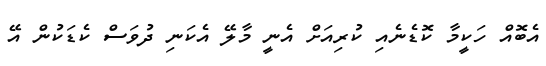
އެބޮއް ހަކީމާ ކޮޑެނެއި ކުރިއަށް އެނީ މާލޭ އެކަނި ދުވަސް ކެޑަކުން އޭ